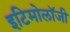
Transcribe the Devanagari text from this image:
इटिमोलॉजी